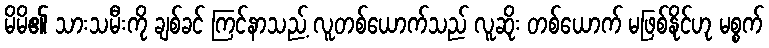
မိမိ၏ သားသမီးကို ချစ်ခင် ကြင်နာသည့် လူတစ်ယောက်သည် လူဆိုး တစ်ယောက် မဖြစ်နိုင်ဟု မစ္စက်